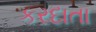
કરદાતા